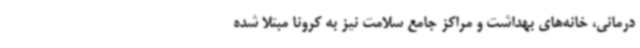
درمانی، خانه‌های بهداشت و مراکز جامع سلامت نیز به کرونا مبتلا شده